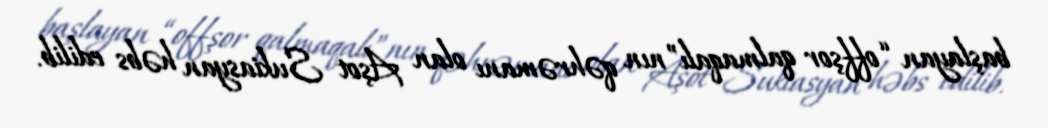
başlayan “offşor qalmaqalı”nın qəhrəmanı olan Aşot Sukiasyan həbs edilib.